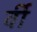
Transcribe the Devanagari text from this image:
र्वी